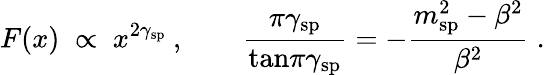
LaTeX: F(x)\; \propto\; x^{2\gamma_{\mathrm{sp}}}\: ,\qquad\frac{\pi\gamma_{\mathrm{sp}}}{{\tan}{\pi\gamma_{\mathrm{sp}}}}=-\frac{m_{\mathrm{sp}}^{2}-\beta^{2}}{\beta^{2}}\; .